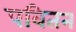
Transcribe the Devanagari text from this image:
पवितन